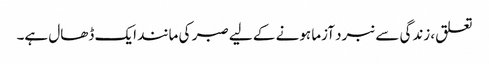
تعلق، زندگی سے نبرد آزما ہونے کے لیے صبر کی مانند ایک ڈھال ہے۔